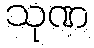
သုဏ